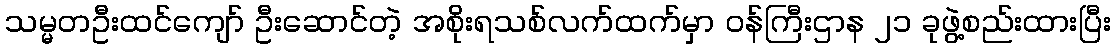
သမ္မတဦးထင်ကျော် ဦးဆောင်တဲ့ အစိုးရသစ်လက်ထက်မှာ ဝန်ကြီးဌာန ၂၁ ခုဖွဲ့စည်းထားပြီး